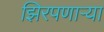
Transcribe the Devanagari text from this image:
झिरपणाऱ्या